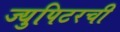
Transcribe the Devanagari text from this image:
ज्युपिटरची